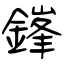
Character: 鎽